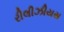
રીલીઝીયસ